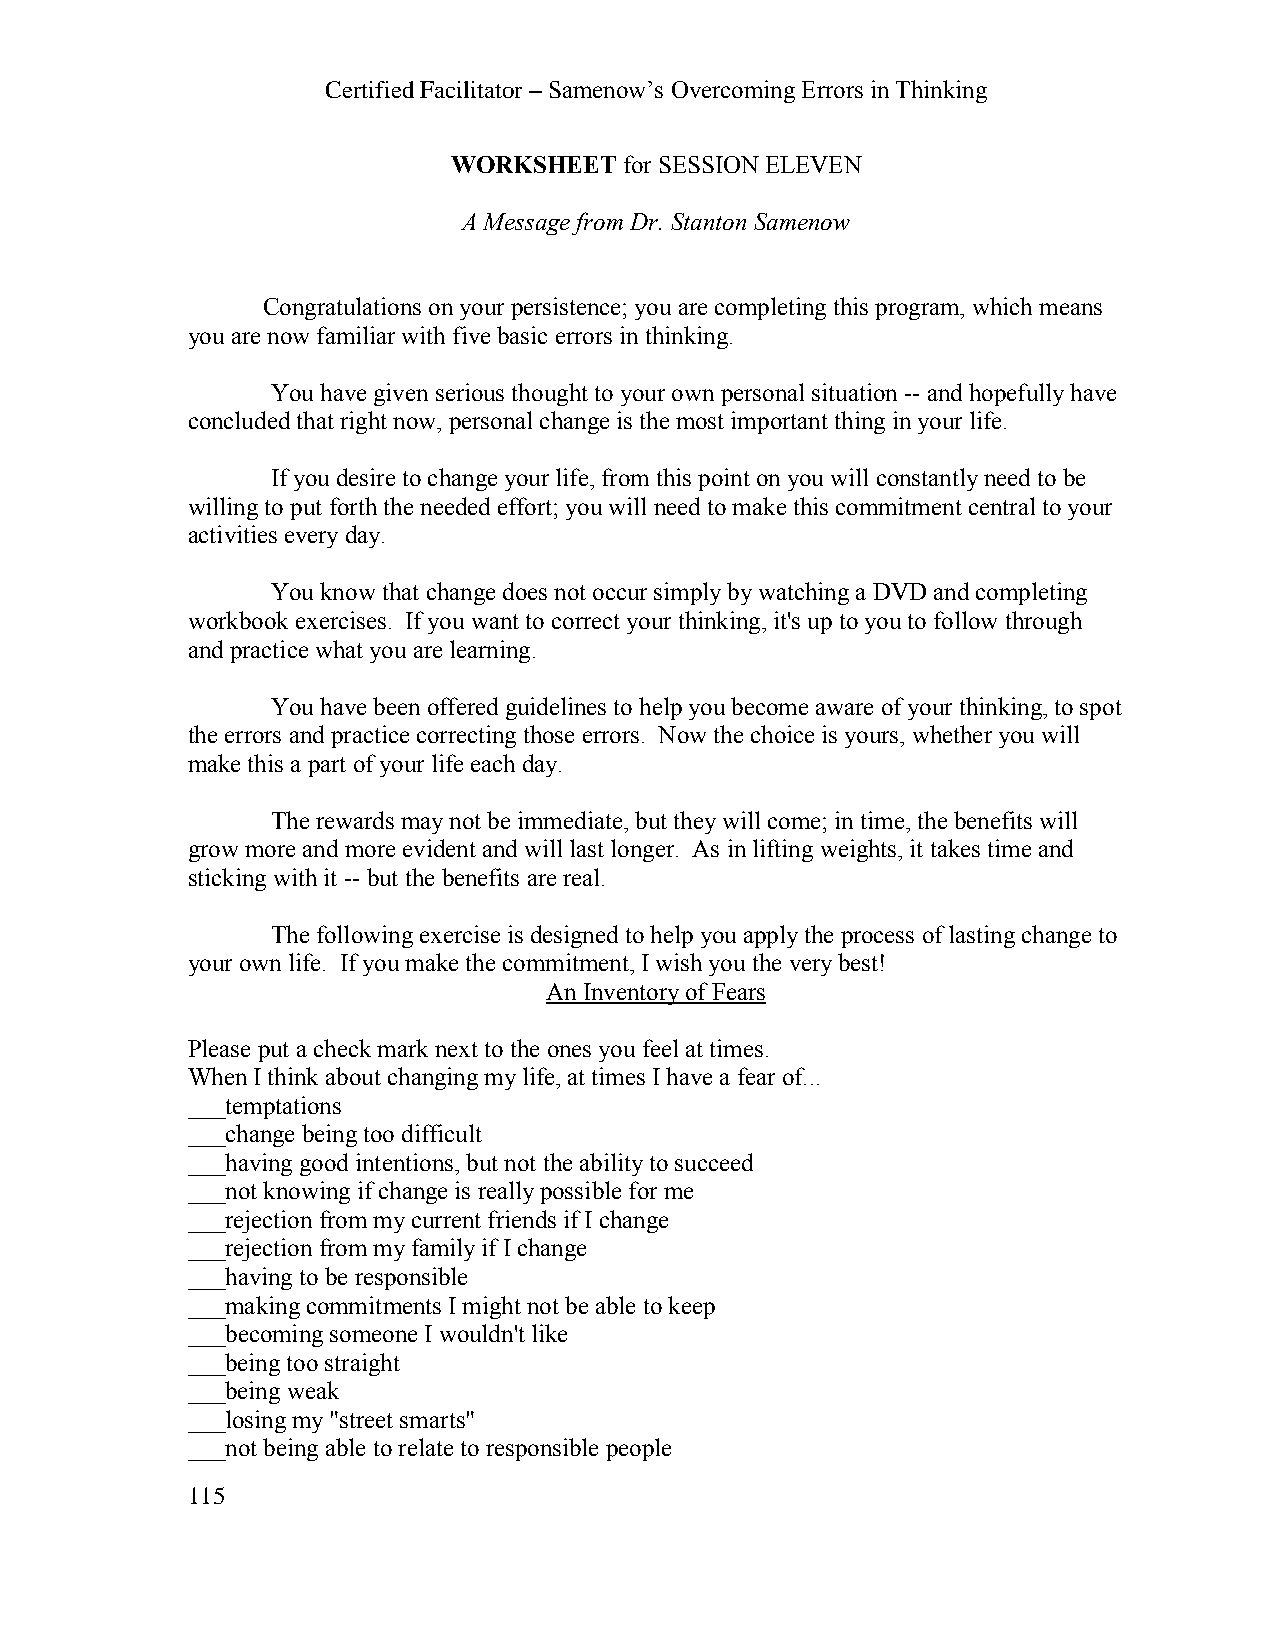
Certified Facilitator – Samenow’s Overcoming Errors in Thinking
 WORKSHEET  for SESSION ELEVEN
 A Message from Dr. Stanton Samenow
 Congratulations on your persistence; you are completing this program, which means
 you are now familiar with five basic errors in thinking.
 You have given serious thought to your own personal situation -- and hopefully have
 concluded that right now, personal change is the most important thing in your life.
 If you desire to change your life, from this point on you will constantly need to be
 willing to put forth the needed effort; you will need to make this commitment central to your
 activities every day.
 You know that change does not occur simply by watching a DVD and completing
 workbook exercises. If you want to correct your thinking, it's up to you to follow through
 and practice what you are learning.
 You have been offered guidelines to help you become aware of your thinking, to spot
 the errors and practice correcting those errors. Now the choice is yours, whether you will
 make this a part of your life each day.
 The rewards may not be immediate, but they will come; in time, the benefits will
 grow more and more evident and will last longer. As in lifting weights, it takes time and
 sticking with it -- but the benefits are real.
 The following exercise is designed to help you apply the process of lasting change to
 your own life. If you make the commitment, I wish you the very best!
 An Inventory of Fears
 Please put a check mark next to the ones you feel at times.
 When I think about changing my life, at times I have a fear of...
 ___temptations
 ___change being too difficult
 ___having good intentions, but not the ability to succeed
 ___not knowing if change is really possible for me
 ___rejection from my current friends if I change
 ___rejection from my family if I change
 ___having to be responsible
 ___making commitments I might not be able to keep
 ___becoming someone I wouldn't like
 ___being too straight
 ___being weak
 ___losing my "street smarts"
 ___not being able to relate to responsible people
 115